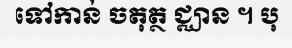
ទៅកាន់ ចតុត្ថ ជ្ឈាន ។ បុ